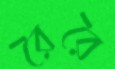
রৈরৈ